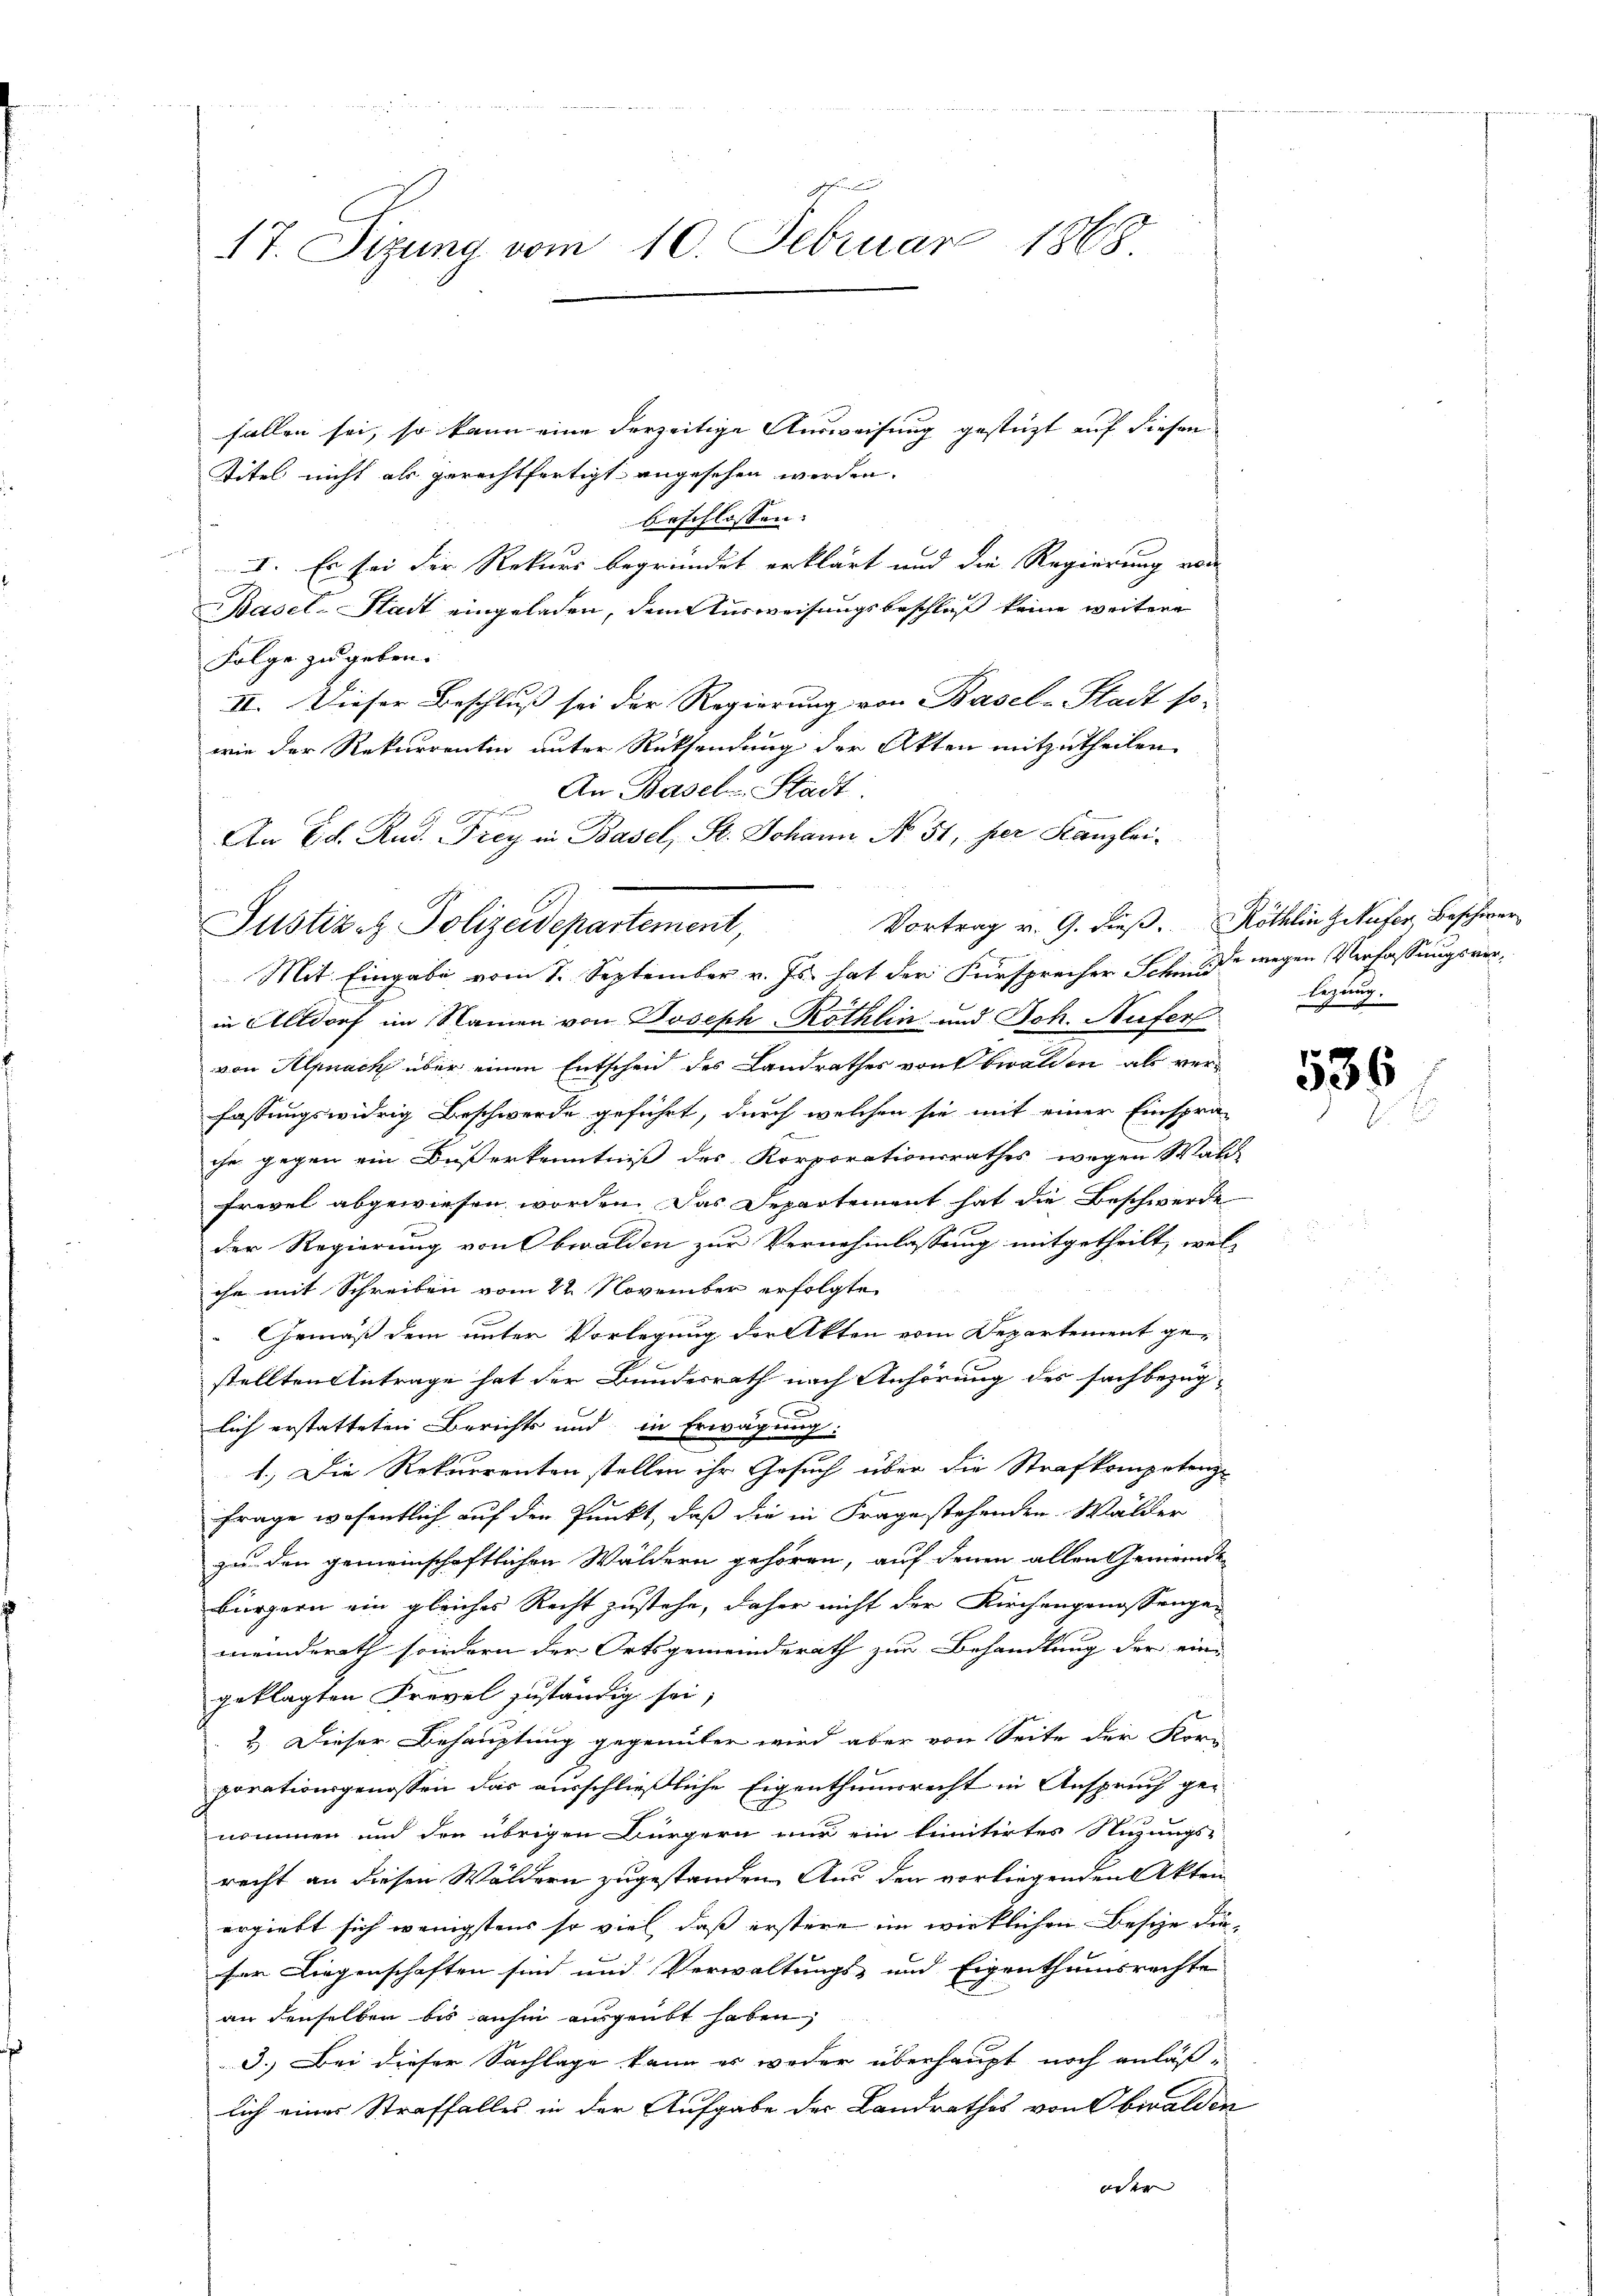
17. Sizung vom 10. Februar 1868

fallen sei, so kann eine derzeitige Ausweisung gestüzt auf diesen
Titel nicht als gerechtfertigt angesehen werden.
beschlossen: |
r
I. Es sei der Rekurs begründet erklärt und die Regierung von
Basel-Stadt eingeladen, dem Ausweisungsbeschluß keine weitere
Folge zu geben.
II. Dieser Beschluß sei der Regierung von Basel-Stadt so-
wie der Rekurrentin unter Rücksendung der Akten mitzutheilen.
An Basel-Stadt.
e
An Ed. Rud. Frey in Basel, St. Johann No. 51, her Kanzlei¬
Mit Eingabe vom 7. September v. Js. hat der Fürsprecher Schne wegen Verfassungsverin Altdorf im Namen von Joseph-Röthlin und Joh. Aufer
von Alpnach über einen Entscheid des Landrathes von bwalden als verfassungswidrig Beschwerde geführt, durch welchen sie mit einer Einspra-
che gegen ein Baßerkenntniß des Korporationsrathes wegen Wald
Frevel abgewiesen worden. Das Departement hat die Beschwerde
der Regierung von Obwalden zur Vernehmlassung mitgetheilt, wel-
che mit Schreiben vom 22. November erfolgte
Gemäß dem unter Vorlegung der Akten vom Departement gestellten Antrage hat der Bundesrath nach Anhörung des fachbezüg-
lich erstatteten Berichts und in Erwägung:
1.) Die Rekurrenten stellen ihr Gesuch über die Strafkompetenz
Frage wesentlich auf den Punkt, daß die in Frage stehenden Wälder
zu den gemeinschaftlichen Wäldern gehören, auf denen allen Gemeinde
Bürgern ein gleiches Recht zustehe, daher nicht der Kirchengenossengemeinderath sondern der Ortsgemeinderath zur Behandlung der eine
geklagten Frevel zuständig sei;
2. Dieser Behauptung gegenüber wird aber von Seite der Korn-
porationsgenossen das ausschließliche Eigenthumsrecht in Anspruch ge-
nommen und den übrigen Bürgern nur ein limitirtes Nuzungs-
recht an diesen Wäldern zugestanden. Aus den vorliegenden Akten
ergiebt sich wenigstens so viel, daß erstere im wirklichen Besie diefür Liegenschaften sind und Verwaltungs- und Eigenthumsrechte
an denselben bis anhin ausgeübt haben
3. Bei dieser Sachlage kann es weder überhaupt noch anläß-
lich eines Straffalles in der Aufgabe des Landrathes von Obwalden
er |

Justiz & Polizeidepartement,

Vortrag v. 9. dieß. Röthlin Zufer, Beschwerlegung.

536